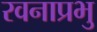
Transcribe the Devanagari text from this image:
रवनाप्रभु